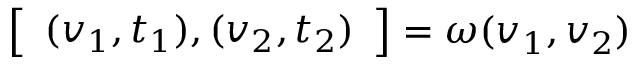
{ \left[ \begin{array} { l } { ( v _ { 1 } , t _ { 1 } ) , ( v _ { 2 } , t _ { 2 } ) } \end{array} \right] } = \omega ( v _ { 1 } , v _ { 2 } )